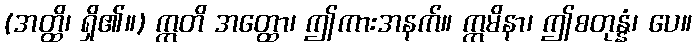
(အတ္ထိ၊ ရှိ၏။) ဣတိ အတ္ထော၊ ဤကားအနက်။ ဣမိနာ၊ ဤစတုန္နံ၊ ပေ။